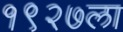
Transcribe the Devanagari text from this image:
१९२७ला